Indian journal of veterinary science and animal husbandry - Volumes 22-23, 1952-1953
Year: 1952
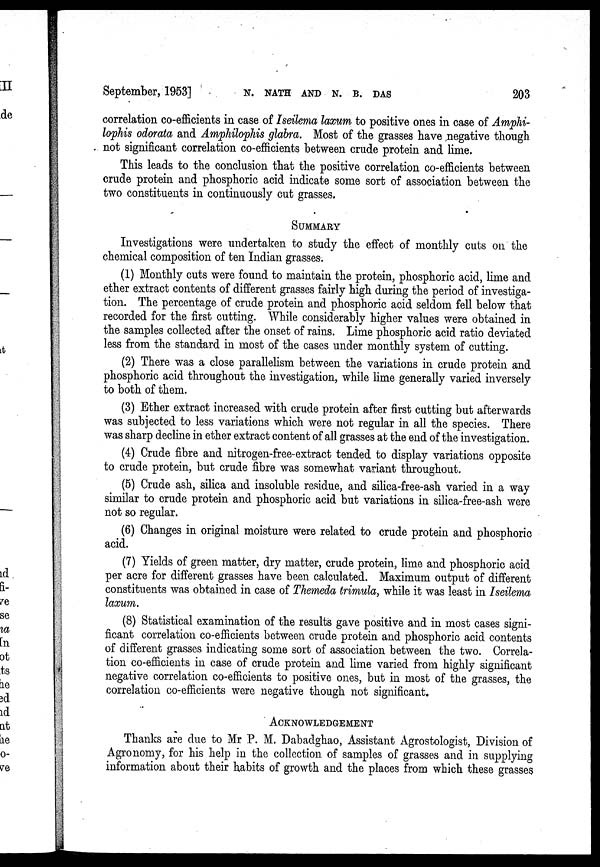
September, 1953]
N.
NATH
AND
N.
B.
DAS
203
correlation co-efficients in case of Iseilema laxum to positive ones in case of Amphi-
lophis odorata and Amphilophis glabra. Most of the grasses have negative though
. not significant correlation co-efficients between crude protein and lime.
This leads to the conclusion that the positive correlation co-efficients between
crude protein and phosphoric acid indicate some sort of association between the
two constituents in continuously cut grasses.
SUMMARY
Investigations were undertaken to study the effect of monthly cuts on the
chemical composition of ten Indian grasses.
(1) Monthly cuts were found to maintain the protein, phosphoric acid, lime and
ether extract contents of different grasses fairly high during the period of investiga-
tion. The percentage of crude protein and phosphoric acid seldom fell below that
recorded for the first cutting. While considerably higher values were obtained in
the samples collected after the onset of rains. Lime phosphoric acid ratio deviated
less from the standard in most of the cases under monthly system of cutting.
(2) There was a close parallelism between the variations in crude protein and
phosphoric acid throughout the investigation, while lime generally varied inversely
to both of them.
(3) Ether extract increased with crude protein after first cutting but afterwards
was subjected to less variations which were not regular in all the species. There
was sharp decline in ether extract content of all grasses at the end of the investigation.
(4) Crude fibre and nitrogen-free-extract tended to display variations opposite
to crude protein, but crude fibre was somewhat variant throughout.
(5) Crude ash, silica and insoluble residue, and silica-free-ash varied in a way
similar to crude protein and phosphoric acid but variations in silica-free-ash were
not so regular.
(6) Changes in original moisture were related to crude protein and phosphoric
acid.
(7) Yields of green matter, dry matter, crude protein, lime and phosphoric acid
per acre for different grasses have been calculated. Maximum output of different
constituents was obtained in case of Themeda trimula, while it was least in Iseilema
laxum.
(8) Statistical examination of the results gave positive and in most cases signi-
ficant correlation co-efficients between crude protein and phosphoric acid contents
of different grasses indicating some sort of association between the two. Correla-
tion co-efficients in case of crude protein and lime varied from highly significant
negative correlation co-efficients to positive ones, but in most of the grasses, the
correlation co-efficients were negative though not significant.
ACKNOWLEDGEMENT
Thanks are due to Mr P. M. Dabadghao, Assistant Agrostologist, Division of
Agronomy, for his help in the collection of samples of grasses and in supplying
information about their habits of growth and the places from which these grasses